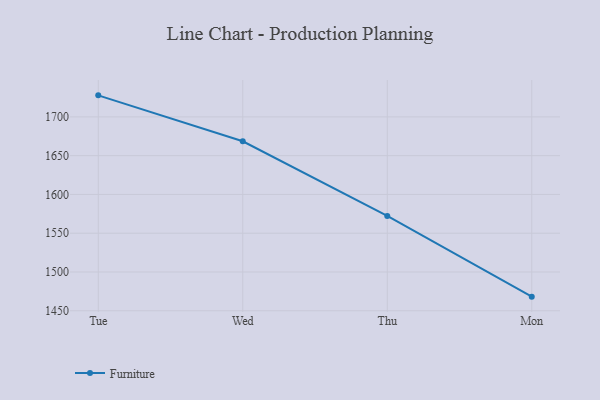
{"axis": {"x": "Day", "y": "Churn Rate (%)"}, "legend": ["Furniture"], "data": [{"x": "Tue", "y": 1727.8, "type": "Furniture"}, {"x": "Wed", "y": 1668.6, "type": "Furniture"}, {"x": "Thu", "y": 1572.3, "type": "Furniture"}, {"x": "Mon", "y": 1468.2, "type": "Furniture"}]}